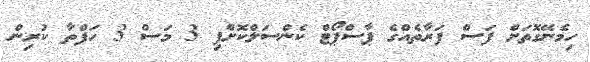
ހިމެނޭގޮތަށް ފަސް ފަރާތެއްގެ ޕާސްޕޯޓް ކެންސަލްކޮށްފި 3 މަސް 3 ހަފްތާ ކުރިން